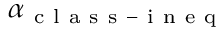
\alpha _ { \mathrm { ~ c ~ l ~ a ~ s ~ s ~ - ~ i ~ n ~ e ~ q ~ } }